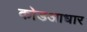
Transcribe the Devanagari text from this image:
कोडआधार